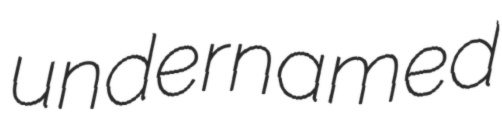
undernamed